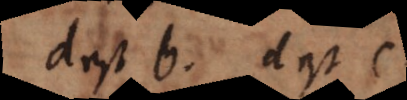
d est b, d est